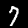
Label: 7